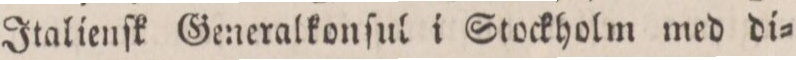
Italienſk Generalkonſul i Stockholm med di=